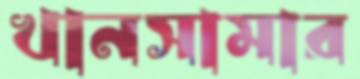
খানসামার